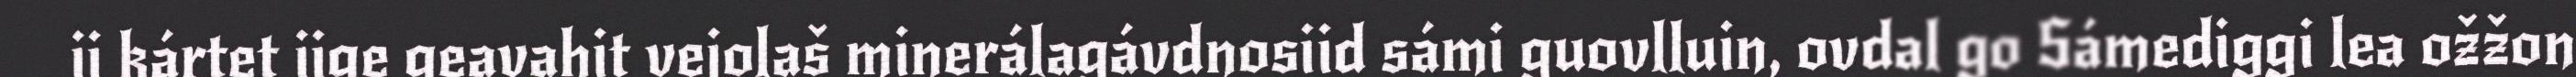
ii kártet iige geavahit vejolaš minerálagávdnosiid sámi guovlluin, ovdal go Sámediggi lea ožžon